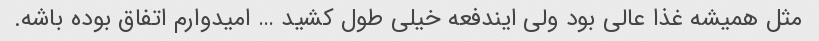
مثل همیشه غذا عالی بود ولی ایندفعه خیلی طول کشید … امیدوارم اتفاق بوده باشه.